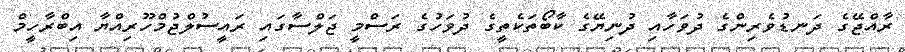
ރާއްޖޭގެ ދަނޑުވެރިންގެ ދުވަހާއި ދުނިޔޭގެ ކާބޯތަކެތީގެ ދުވަހުގެ ރަސްމީ ޖަލްސާގައި ރައީސުލްޖުމްހޫރިއްޔާ އިބްރާހީމް